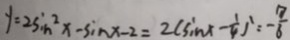
y = 2 \sin ^ { 2 } x - \sin x - 2 = 2 ( \sin x - \frac { 1 } { 4 } ^ { 1 } = - \frac { 7 } { 6 }